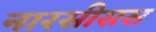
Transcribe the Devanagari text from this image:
नारसीसस